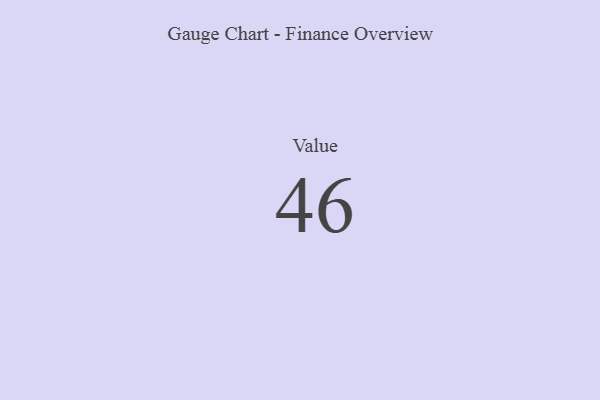
{"axis": {"x": "Metric", "y": "Value"}, "legend": [""], "data": [{"x": "Value", "y": 46, "type": ""}]}